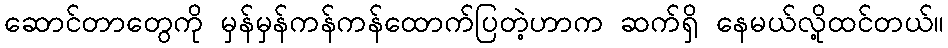
ဆောင်တာတွေကို မှန်မှန်ကန်ကန်ထောက်ပြတဲ့ဟာက ဆက်ရှိ နေမယ်လို့ထင်တယ်။